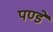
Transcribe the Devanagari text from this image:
पण्डे